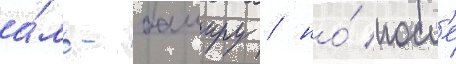
а́ль-баширу / но́ посл'е